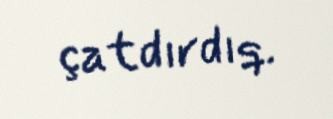
çatdırdıq.